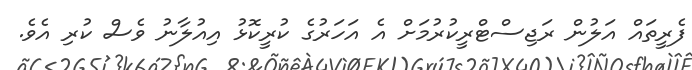
ފެރީތައް އަލުން ރަޖިސްޓްރީކުރުމަށް އެ އަހަރުގެ ކުރީކޮޅު އިއުލާނު ވެސް ކުރި އެވެ.